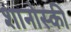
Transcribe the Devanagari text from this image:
शानोस्की